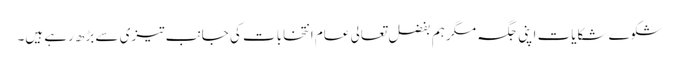
شکوے شکایات اپنی جگہ مگر ہم بفضل تعالی عام انتخابات کی جانب تیزی سے بڑھ رہے ہیں۔